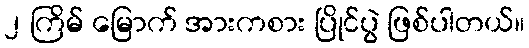
၂ ကြိမ် မြောက် အားကစား ပြိုင်ပွဲ ဖြစ်ပါတယ်။